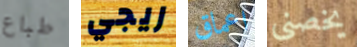
طباع ريجي اعماق يخصنى